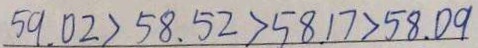
5 9 . 0 2 > 5 8 . 5 2 > 5 8 . 1 7 > 5 8 . 0 9